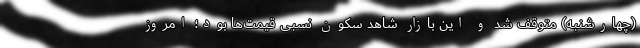
(چهارشنبه) متوقف شد و این بازار شاهد سکون نسبی قیمت‌ها بود؛ امروز